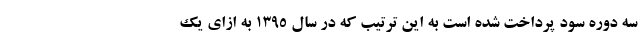
سه دوره سود پرداخت شده است به این ترتیب که در سال ۱۳۹۵ به ازای یک